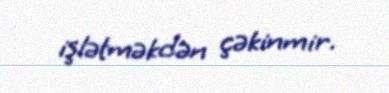
işlətməkdən çəkinmir.